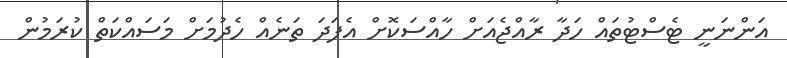
އަންނަނީ ޓެސްޓުތައް ހަދާ ރާއްޖެއަށް ހާއްސަކޮށް އެފަދަ ތަނެއް ހެދުމަށް މަސައްކަތް ކުރަމުން